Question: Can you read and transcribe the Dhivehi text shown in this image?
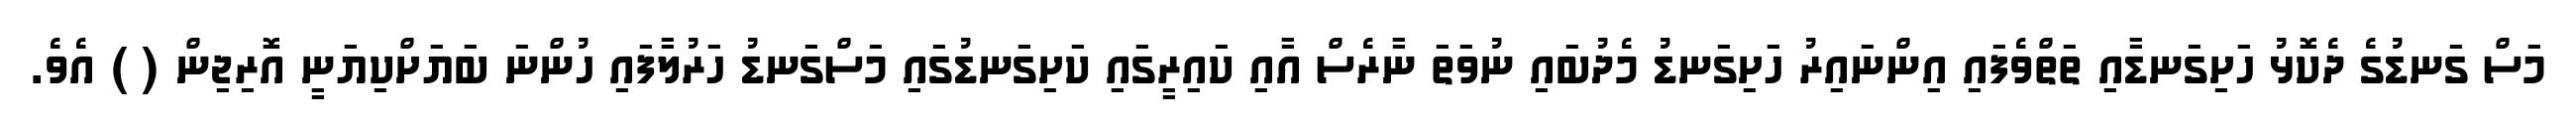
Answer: މަސް ގަނޑުގެ ދެކޮޅު ހަށިގަނޑާއި ތަތްވެފައި އިންނައިރު ހަށިގަނޑު މެދުބައި ނުވަތަ ނާރެސް އާއި ކައިރީގައި ކަށިގަނޑުގައި މަސްގަނޑު ހަރުލާފައި ހުންނަ ބަޔަށްކިޔަނީ އޮރިޖިން ( ) އެވެ.